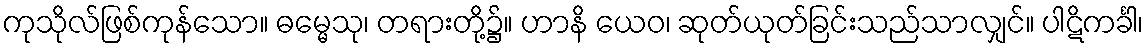
ကုသိုလ်ဖြစ်ကုန်သော။ ဓမ္မေသု၊ တရားတို့၌။ ဟာနိ ယေဝ၊ ဆုတ်ယုတ်ခြင်းသည်သာလျှင်။ ပါဋိကင်္ခါ၊